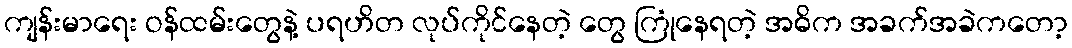
ကျန်းမာရေး ဝန်ထမ်းတွေနဲ့ ပရဟိတ လုပ်ကိုင်နေတဲ့ တွေ ကြုံနေရတဲ့ အဓိက အခက်အခဲကတော့